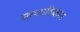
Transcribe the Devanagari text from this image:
साप्ताहिकांत